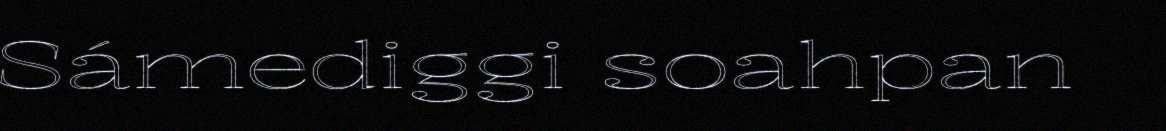
Sámediggi soahpan